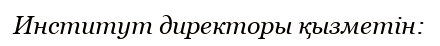
Институт директоры қызметін: